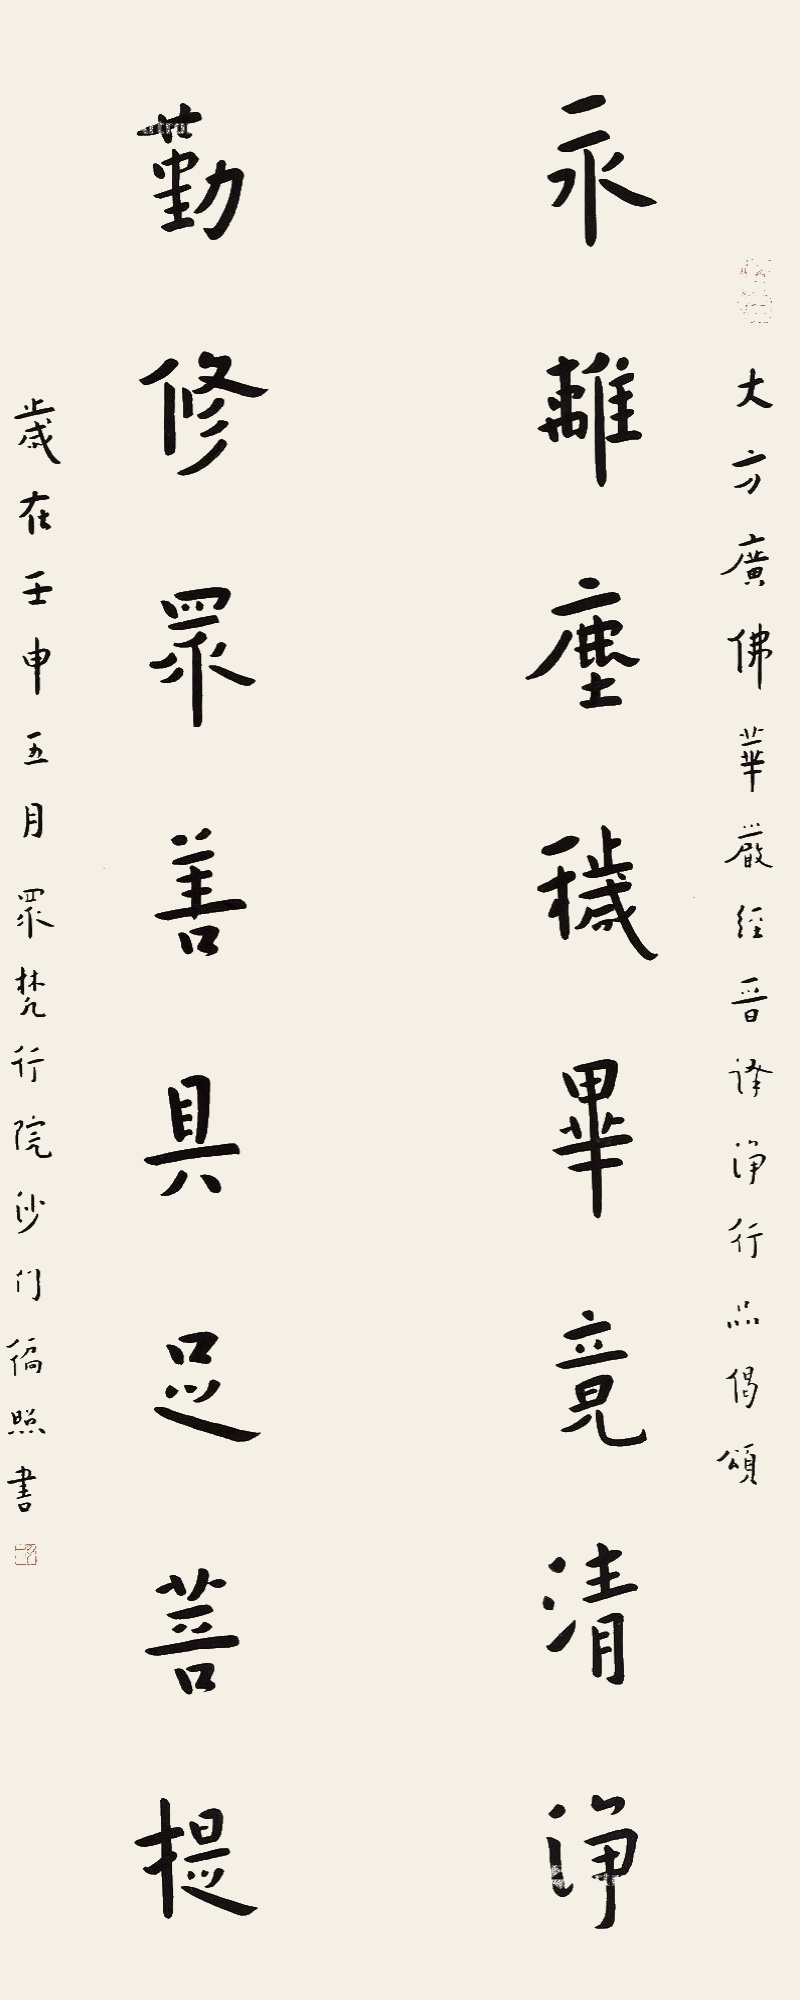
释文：永离尘秽，毕竟清净；勤修众善，具足菩提。《大方广佛华严经》晋译净行品偈颂。岁在壬申五月。众梵行院沙门徧照书。